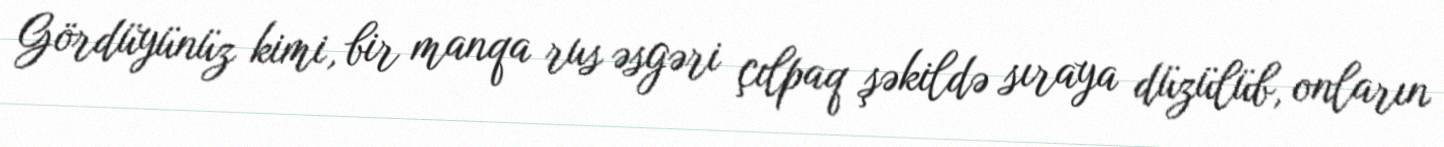
Gördüyünüz kimi, bir manqa rus əsgəri çılpaq şəkildə sıraya düzülüb, onların